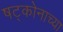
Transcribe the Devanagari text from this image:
षट्कोनाच्या